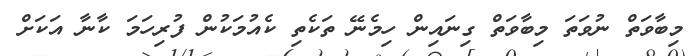
މިބާވަތް ނުވަތަ މިބާވަތް ގިނައިން ހިމެނޭ ތަކެތި ކެއުމަކުން ފުރިހަމަ ކާނާ އަކަށް